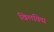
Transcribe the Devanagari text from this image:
खिलविद्म